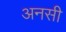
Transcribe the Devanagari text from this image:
अनसी